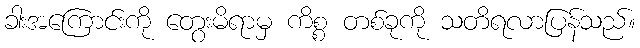
ခါးအကြောင်းကို တွေးမိရာမှ ကိစ္စ တစ်ခုကို သတိရလာပြန်သည်။